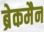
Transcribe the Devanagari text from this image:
ब्रेकमैन